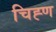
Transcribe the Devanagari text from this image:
चिह्ण